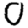
Digit: 0